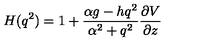
H ( q ^ { 2 } ) = 1 + \frac { \alpha g - h q ^ { 2 } } { \alpha ^ { 2 } + q ^ { 2 } } \frac { \partial V } { \partial z }